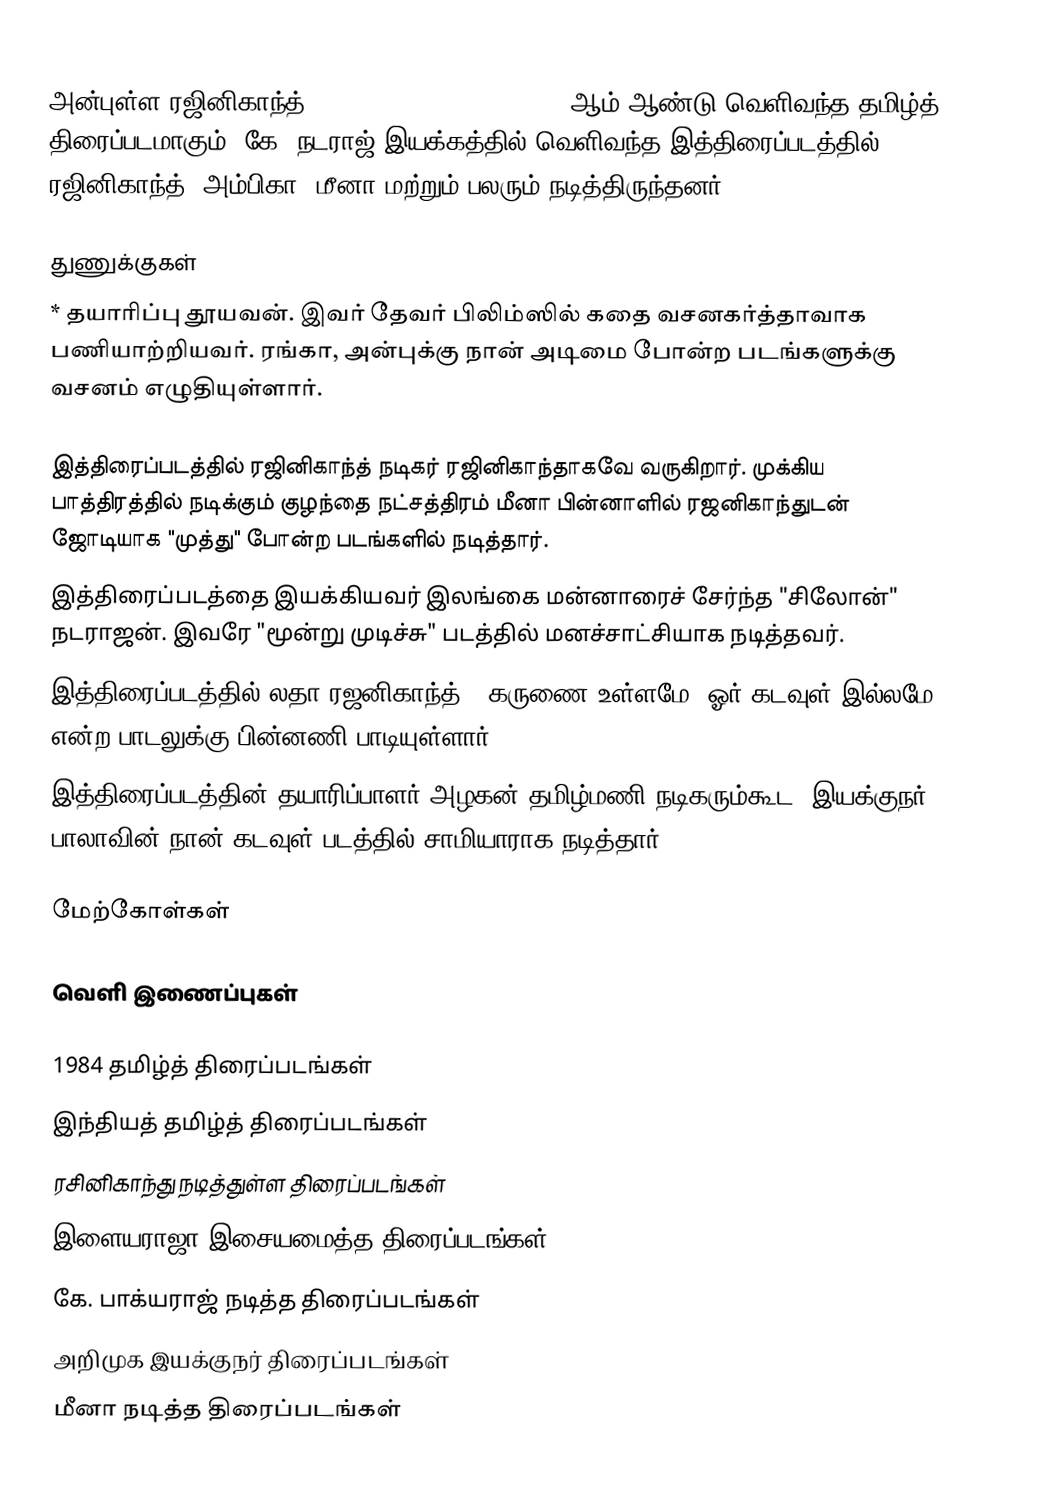
அன்புள்ள ரஜினிகாந்த் (Anbulla Rajinikanth) 1984 ஆம் ஆண்டு வெளிவந்த தமிழ்த் திரைப்படமாகும். கே. நடராஜ் இயக்கத்தில் வெளிவந்த இத்திரைப்படத்தில் ரஜினிகாந்த், அம்பிகா, மீனா மற்றும் பலரும் நடித்திருந்தனர்.

துணுக்குகள்
* தயாரிப்பு தூயவன். இவர் தேவர் பிலிம்ஸில் கதை    வசனகர்த்தாவாக பணியாற்றியவர். ரங்கா, அன்புக்கு நான் அடிமை போன்ற படங்களுக்கு வசனம் எழுதியுள்ளார்.

இத்திரைப்படத்தில் ரஜினிகாந்த் நடிகர் ரஜினிகாந்தாகவே வருகிறார். முக்கிய பாத்திரத்தில் நடிக்கும் குழந்தை நட்சத்திரம் மீனா பின்னாளில் ரஜனிகாந்துடன் ஜோடியாக "முத்து" போன்ற படங்களில் நடித்தார்.
இத்திரைப்படத்தை இயக்கியவர் இலங்கை மன்னாரைச் சேர்ந்த "சிலோன்" நடராஜன். இவரே "மூன்று முடிச்சு" படத்தில் மனச்சாட்சியாக நடித்தவர்.
இத்திரைப்படத்தில் லதா ரஜனிகாந்த்,  "கருணை உள்ளமே, ஓர் கடவுள் இல்லமே" என்ற பாடலுக்கு பின்னணி பாடியுள்ளார்.
இத்திரைப்படத்தின் தயாரிப்பாளர் அழகன் தமிழ்மணி நடிகரும்கூட. இயக்குநர் பாலாவின் நான் கடவுள் படத்தில் சாமியாராக நடித்தார்.

மேற்கோள்கள்

வெளி இணைப்புகள்

1984 தமிழ்த் திரைப்படங்கள்
இந்தியத் தமிழ்த் திரைப்படங்கள்
ரசினிகாந்து நடித்துள்ள திரைப்படங்கள்
இளையராஜா இசையமைத்த திரைப்படங்கள்
கே. பாக்யராஜ் நடித்த திரைப்படங்கள்
அறிமுக இயக்குநர் திரைப்படங்கள்
மீனா நடித்த திரைப்படங்கள்